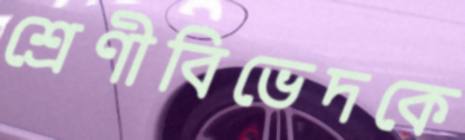
শ্রেণীবিভেদকে